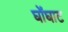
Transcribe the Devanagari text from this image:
घोंघाट